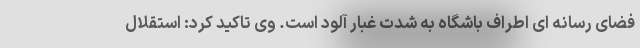
فضای رسانه ای اطراف باشگاه به شدت غبار آلود است. وی تاکید کرد: استقلال